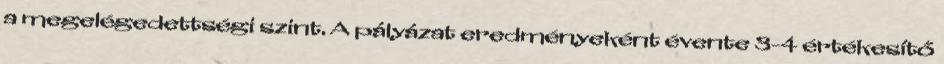
a megelégedettségi szint. A pályázat eredményeként évente 3-4 értékesítő